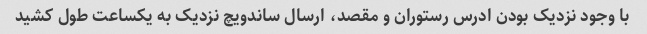
با وجود نزدیک بودن ادرس رستوران و مقصد، ارسال ساندویچ نزدیک به یکساعت طول کشید